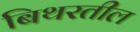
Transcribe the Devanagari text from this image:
बिथरतील